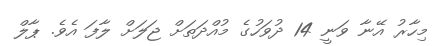
މިހާރު އޭނާ ވަނީ 14 ދުވަހުގެ މުއްދަތަށް ޖަލަށް ލާފަ އެވެ. ޕާލް